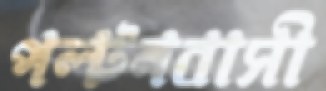
পল্টনবাসী